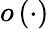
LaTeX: o\left(\cdot\right)